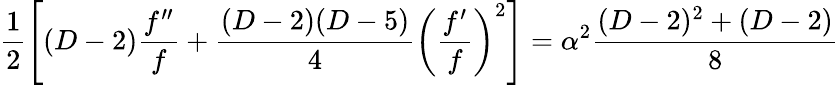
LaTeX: \frac{1}{2}\left[(D-2)\frac{f^{\prime\prime}}{f}+\frac{(D-2)(D-5)}{4}\left(\frac{f^{\prime}}{f}\right)^{2}\right]=\alpha^{2}\frac{(D-2)^{2}+(D-2)}{8}